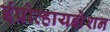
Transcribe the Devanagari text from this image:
इंप्रोव्हायझेशन